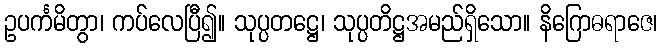
ဥပင်္ကမိတွာ၊ ကပ်လေပြီ၍။ သုပ္ပတဋ္ဌေ၊ သုပ္ပတိဋ္ဌအမည်ရှိသော။ နိဂြောဓရာဇေ၊